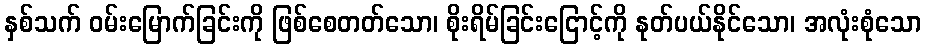
နှစ်သက် ဝမ်းမြောက်ခြင်းကို ဖြစ်စေတတ်သော၊ စိုးရိမ်ခြင်းငြောင့်ကို နုတ်ပယ်နိုင်သော၊ အလုံးစုံသော